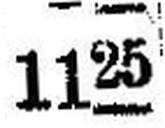
1125